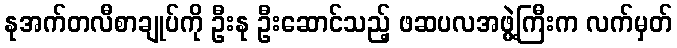
နုအက်တလီစာချုပ်ကို ဦးနု ဦးဆောင်သည့် ဖဆပလအဖွဲ့ကြီးက လက်မှတ်